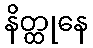
နိတ္ထုနေ